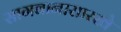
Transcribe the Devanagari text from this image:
सागवानासारखे